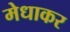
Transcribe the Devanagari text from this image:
मेधाकर